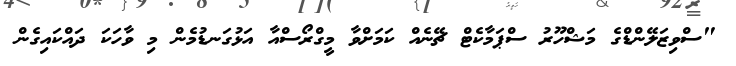
"ސްވިޒަލޭންޑްގެ މަޝްހޫރު ސްޕަމާކެޓް ޗޭނެއް ކަމަށްވާ މީގްރޯސްއާ އަޅުގަނޑުމެން މި ވާހަކަ ދައްކައިގެން